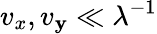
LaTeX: v_{x},v_{\mathbf{y}}\ll\lambda^{-1}